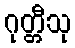
ဂုတ္တီသု